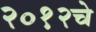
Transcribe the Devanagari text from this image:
२०१२चे